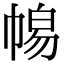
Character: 𭘫